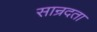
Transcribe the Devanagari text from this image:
सान्रदता